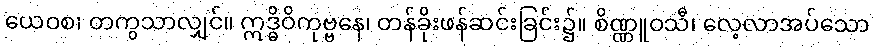
ယေဝစ၊ တကွသာလျှင်။ ဣဒ္ဓိဝိကုဗ္ဗနေ၊ တန်ခိုးဖန်ဆင်းခြင်း၌။ စိဏ္ဏူဝသီ၊ လေ့လာအပ်သော